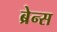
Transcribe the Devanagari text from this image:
ब्रेन्स